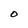
Character: O